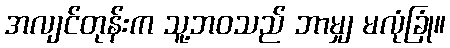
အလျင်တုန်းက သူ့ဘဝသည် ဘာမျှ မလုံခြုံ။